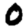
Digit: 0